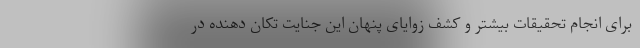
برای انجام تحقیقات بیشتر و کشف زوایای پنهان این جنایت تکان دهنده در